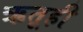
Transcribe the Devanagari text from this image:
ऋतूही